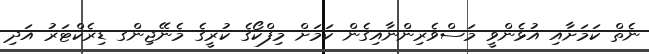
ނެތް ކަމަށާއި އުޅެންވީ މަސްވެރިންނާއިގެން ކަމަށް މިފްކޯގެ ކުރީގެ މެނޭޖިންގ ޑިރެކްޓަރު އަދި